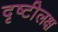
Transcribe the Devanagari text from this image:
दृष्टीलक्ष